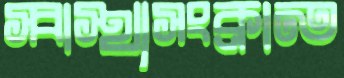
স্বাস্থ্যসংক্রান্ত